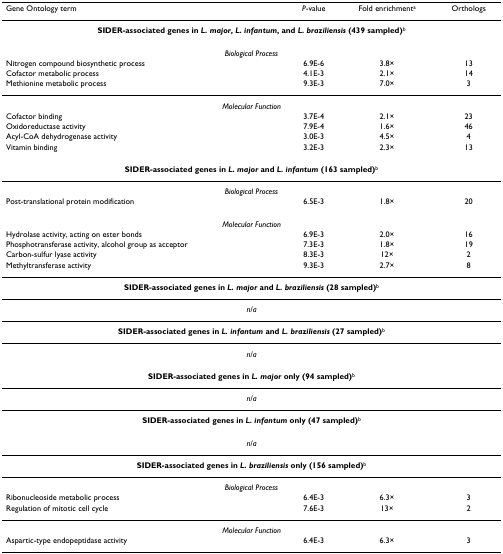
| Gene Ontology term | P-value | Fold enrichmenta | Orthologs |
 | --- | --- | --- | --- |
 | <COLSPAN=4> SIDER-associated genes in L. major, L. infantum, and L. braziliensis (439 sampled)b |
 | <COLSPAN=4> Biological Process |
 | Nitrogen compound biosynthetic process | 6.9E-6 | 3.8× | 13 |
 | Cofactor metabolic process | 4.1E-3 | 2.1× | 14 |
 | Methionine metabolic process | 9.3E-3 | 7.0× | 3 |
 | <COLSPAN=4> Molecular Function |
 | Cofactor binding | 3.7E-4 | 2.1× | 23 |
 | Oxidoreductase activity | 7.9E-4 | 1.6× | 46 |
 | Acyl-CoA dehydrogenase activity | 3.0E-3 | 4.5× | 4 |
 | Vitamin binding | 3.2E-3 | 2.3× | 13 |
 | <COLSPAN=4> SIDER-associated genes in L. major and L. infantum (163 sampled)b |
 | <COLSPAN=4> Biological Process |
 | Post-translational protein modification | 6.5E-3 | 1.8× | 20 |
 | <COLSPAN=4> Molecular Function |
 | Hydrolase activity, acting on ester bonds | 6.9E-3 | 2.0× | 16 |
 | Phosphotransferase activity, alcohol group as acceptor | 7.3E-3 | 1.8× | 19 |
 | Carbon-sulfur lyase activity | 8.3E-3 | 12× | 2 |
 | Methyltransferase activity | 9.3E-3 | 2.7× | 8 |
 | <COLSPAN=4> SIDER-associated genes in L. major and L. braziliensis (28 sampled)b |
 | <COLSPAN=4> n/a |
 | <COLSPAN=4> SIDER-associated genes in L. infantum and L. braziliensis (27 sampled)b |
 | <COLSPAN=4> n/a |
 | <COLSPAN=4> SIDER-associated genes in L. major only (94 sampled)b |
 | <COLSPAN=4> n/a |
 | <COLSPAN=4> SIDER-associated genes in L. infantum only (47 sampled)b |
 | <COLSPAN=4> n/a |
 | <COLSPAN=4> SIDER-associated genes in L. braziliensis only (156 sampled)b |
 | <COLSPAN=4> Biological Process |
 | Ribonucleoside metabolic process | 6.4E-3 | 6.3× | 3 |
 | Regulation of mitotic cell cycle | 7.6E-3 | 13× | 2 |
 | <COLSPAN=4> Molecular Function |
 | Aspartic-type endopeptidase activity | 6.4E-3 | 6.3× | 3 |